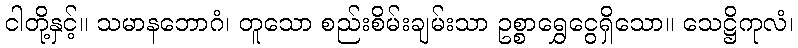
ငါတို့နှင့်။ သမာနဘောဂံ၊ တူသော စည်းစိမ်းချမ်းသာ ဥစ္စာရွှေငွေရှိသော။ သေဋ္ဌိကုလံ၊